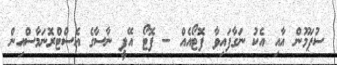
ސުޕަމޫން އާއި އެކު ނަގާފައިވާ ފޮޓޯއެއް -- ފޮޓޯ އޭޕީ ނާސާގެ އެސްޓްރޮނަމާސްއިން